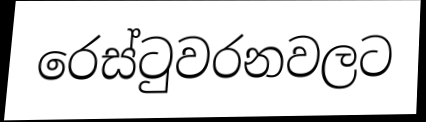
රෙස්ටුවරනවලට